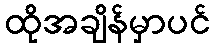
ထိုအချိန်မှာပင်